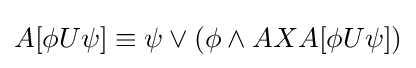
A[\phi U\psi ]\equiv \psi \lor (\phi \land AXA[\phi U\psi ])